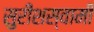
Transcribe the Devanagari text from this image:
सुरीशस्वामी